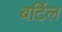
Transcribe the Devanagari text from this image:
बर्टिल